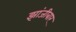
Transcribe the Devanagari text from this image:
झांजीबार